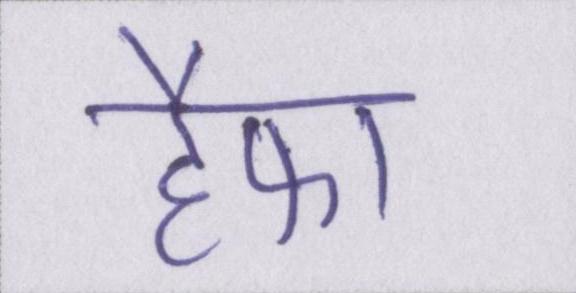
हैफा